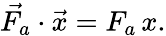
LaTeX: {\vec{F_{a}}}\cdot{\vec{x}}=F_{a}\, x.